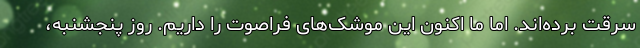
سرقت برده‌اند. اما ما اکنون این موشک‌های فراصوت را داریم. روز پنجشنبه،